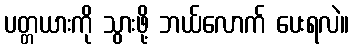
ပတ္တယားကို သွားဖို့ ဘယ်လောက် ပေးရလဲ။